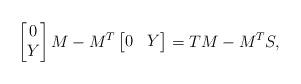
LaTeX: \begin{align*}\begin{bmatrix} 0 \cr Y \end{bmatrix} M - M^T\begin{bmatrix}0 & Y\end{bmatrix} = TM - M^T S, \end{align*}